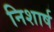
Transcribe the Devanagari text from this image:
निशार्ष